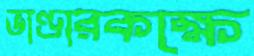
ভাণ্ডারকক্ষে